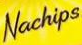

				Nachips